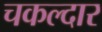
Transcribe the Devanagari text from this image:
चकल्दार